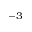
^ { - 3 }